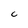
Character: C